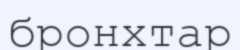
бронхтар